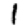
Digit: 1